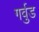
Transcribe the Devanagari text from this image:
गर्वुड